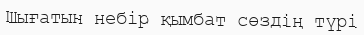
Шығатын небір қымбат сөздің түрі